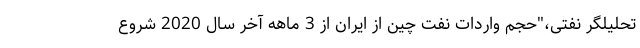
تحلیلگر نفتی،"حجم واردات نفت چین از ایران از 3 ماهه آخر سال 2020 شروع